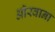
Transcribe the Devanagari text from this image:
ऑरवाना